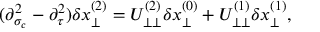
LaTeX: ( \partial _ { \sigma _ { c } } ^ { 2 } - \partial _ { \tau } ^ { 2 } ) \delta x _ { \perp } ^ { ( 2 ) } = U _ { \perp \perp } ^ { ( 2 ) } \delta x _ { \perp } ^ { ( 0 ) } + U _ { \perp \perp } ^ { ( 1 ) } \delta x _ { \perp } ^ { ( 1 ) } ,